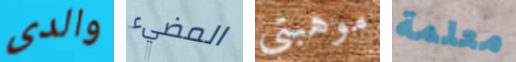
والدى المضيء موهبتي معلمة